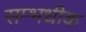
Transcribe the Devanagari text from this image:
सम्भधीक